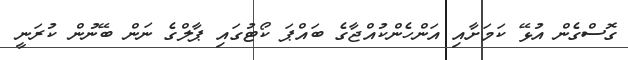
ގޮސްގެން އުޅޭ ކަމަށާއި އަންހެންކުއްޖާގެ ބައްޕަ ކޯޓުގައި ޕާލްގެ ނަން ބޭނުން ކުރަނީ